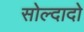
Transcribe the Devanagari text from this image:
सोल्दादो